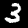
Label: 3